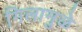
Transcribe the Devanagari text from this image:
गिलामुळे